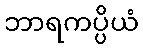
ဘာရကပ္ပိယံ